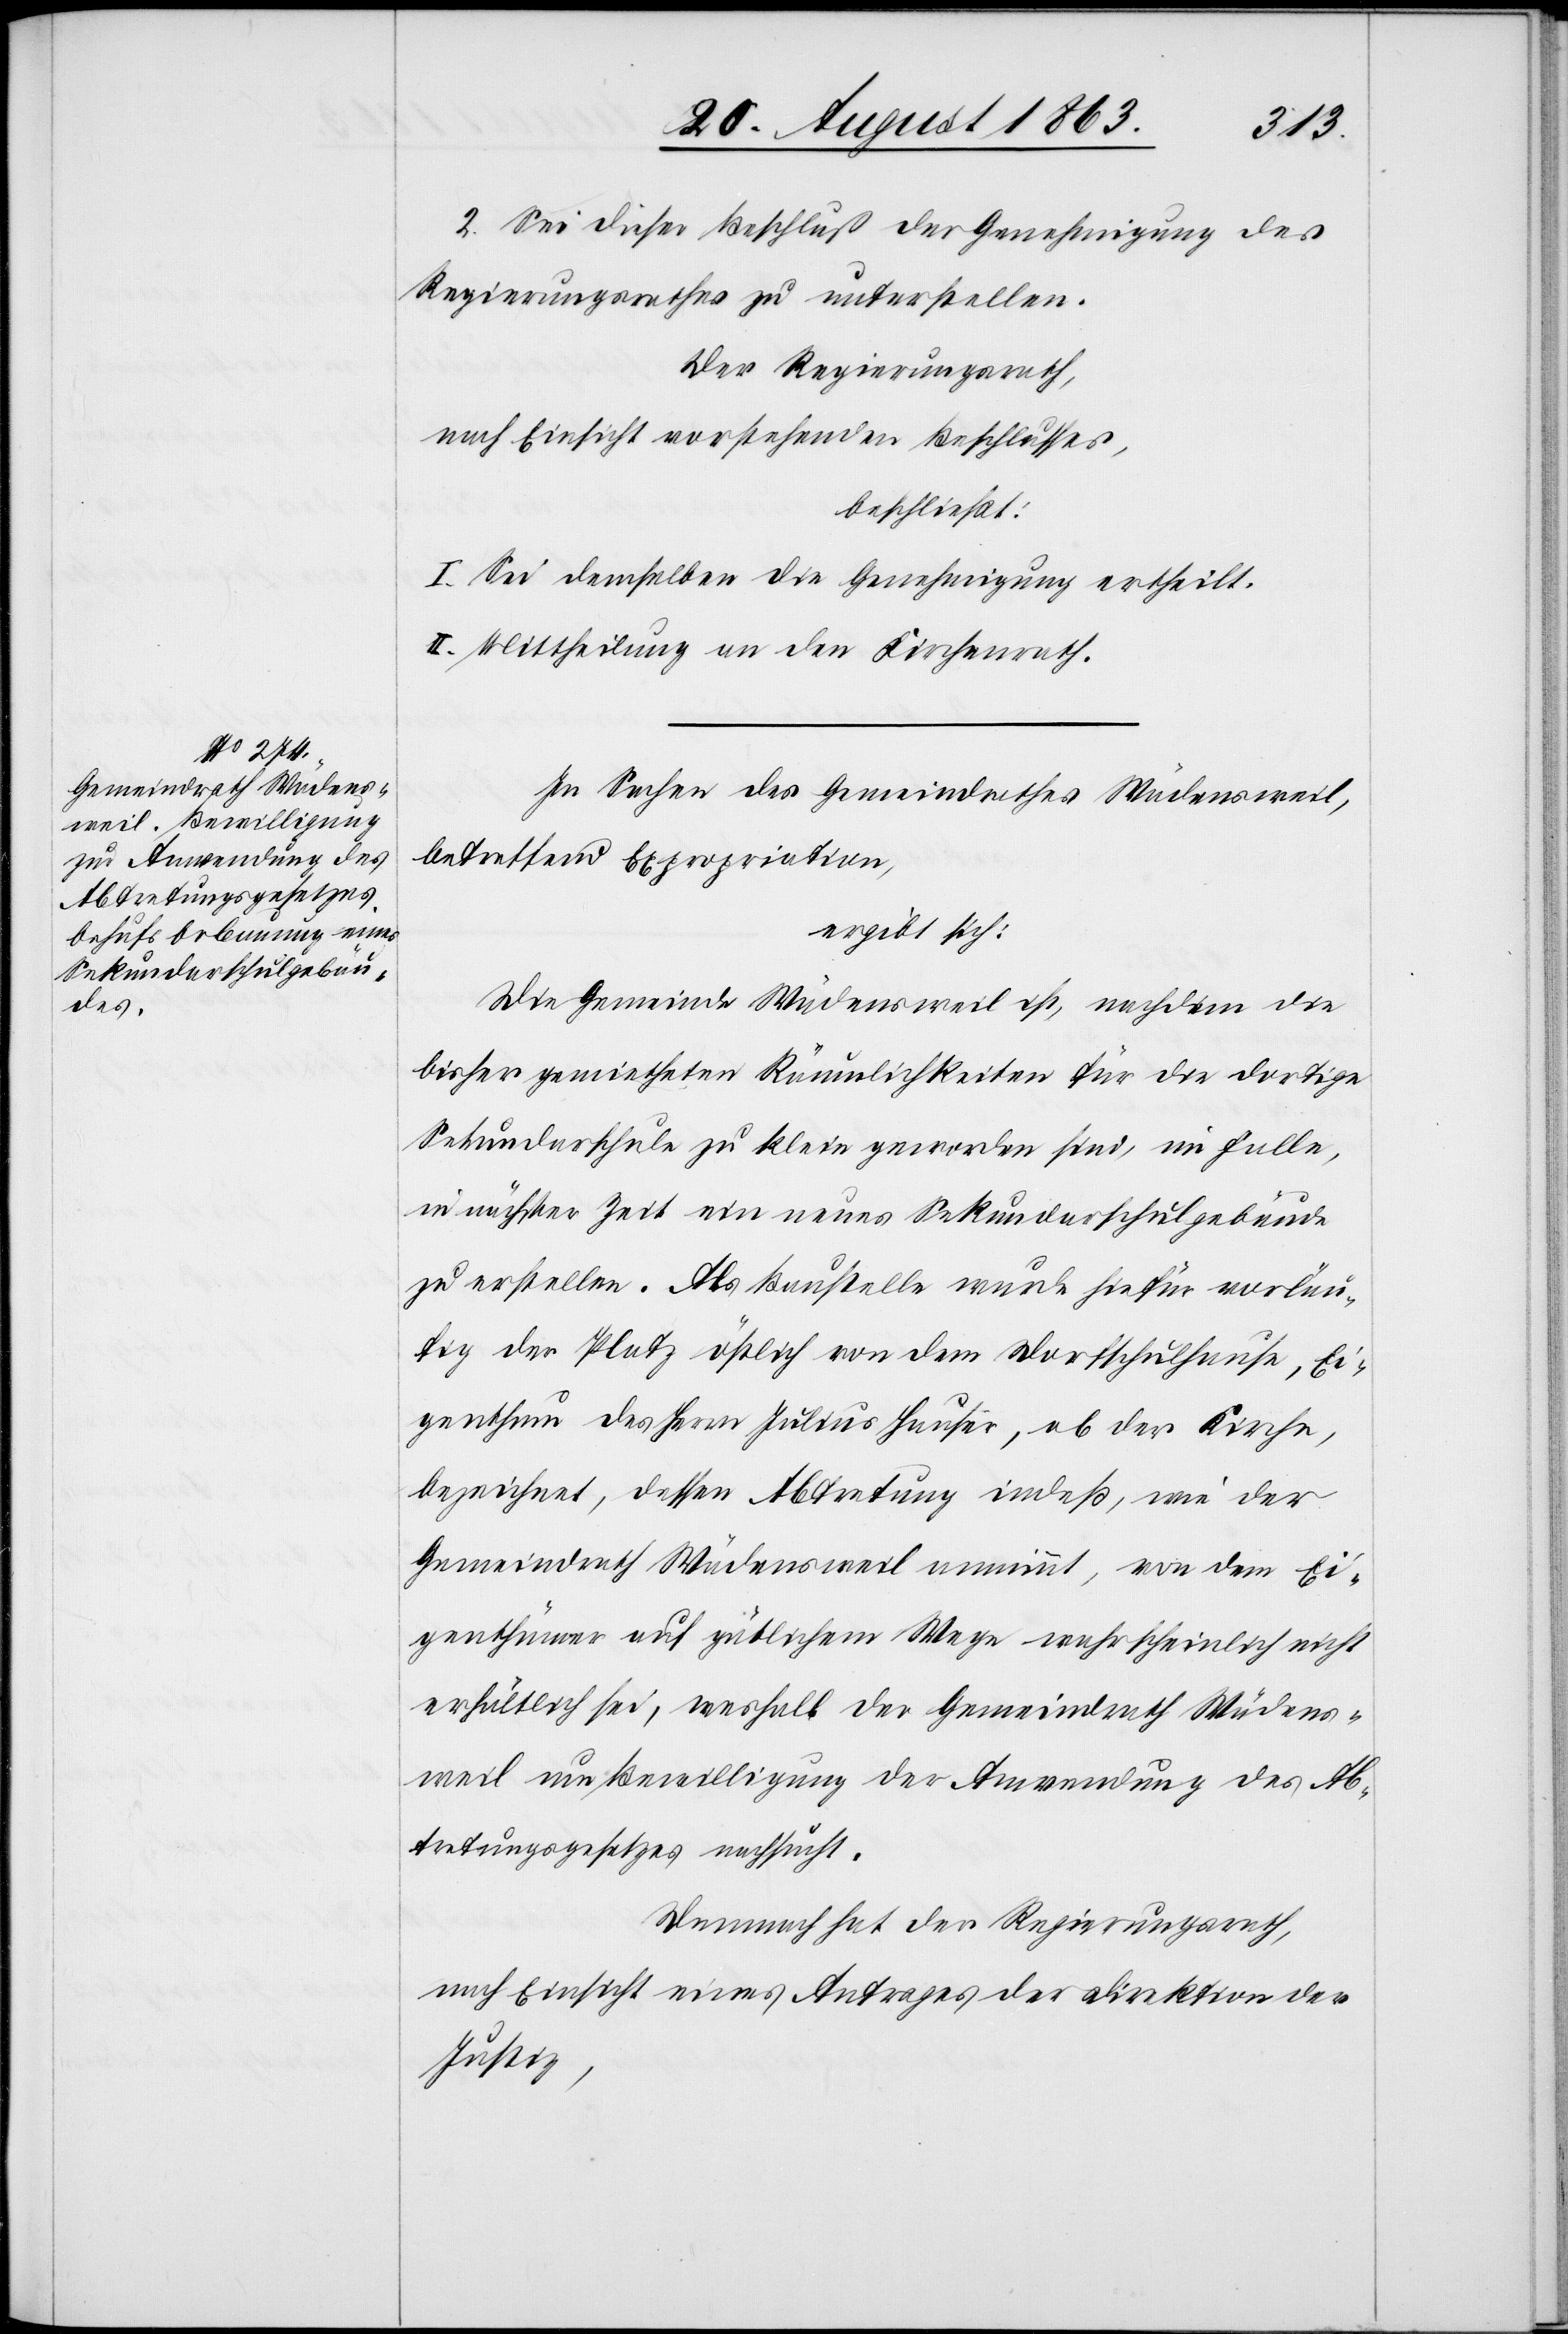
2. Sei dieser Beschluß der Genehmigung des
Regierungsrathes zu unterstellen.
Der Regierungsrath,
nach Einsicht vorstehenden Beschlusses,
beschließt:
I. Sei demselben die Genehmigung ertheilt.
II. Mittheilung an den Kirchenrath.
In Sachen des Gemeindrathes Wädensweil,
betreffend Expropriation,
ergibt sich:
Die Gemeinde Wädensweil ist, nachdem die
bisher gemietheten Räumlichkeiten für die dortige
Sekundarschule zu klein geworden sind, im Falle,
in nächster Zeit ein neues Sekundarschulgebäude
zu erstellen. Als Baustelle wurde hiefür vorläu¬
fig der Platz östlich von dem Dorfschulhause, Ei¬
genthum des Herrn Julius Hauser, ob der Kirche,
bezeichnet, dessen Abtretung indeß, wie der
Gemeindrath Wädensweil annimmt, von dem Ei¬
genthümer auf gütlichem Wege wahrscheinlich nicht
erhältlich sei, weshalb der Gemeindrath Wädens¬
weil um Bewilligung der Anwendung des Ab¬
tretungsgesetzes nachsucht.
Demnach hat der Regierungsrath,
nach Einsicht eines Antrages der Direktion der
Justiz,